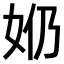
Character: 𫰕